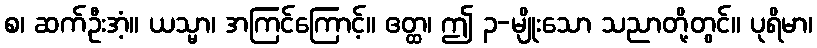
စ၊ ဆက်ဦးအံ့။ ယသ္မာ၊ အကြင်ကြောင့်။ ဧတ္ထ၊ ဤ ၃-မျိုးသော သညာတို့တွင်။ ပုရိမာ၊